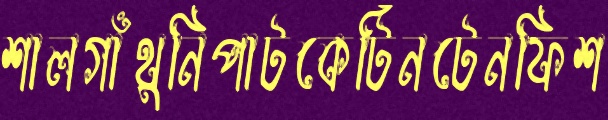
শালগাঁথুনিপাটকেটিনটেনফিশ